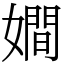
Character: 𡢃